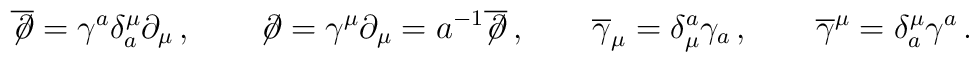
\overline {\not\!  \partial}=\gamma ^a \delta _a^\mu\partial _\mu\,,\qquad \not\!  \partial=\gamma^\mu \partial _\mu =a^{-1}\overline {\not\!  \partial}\,,\qquad \overline{\gamma }_\mu =\delta_\mu ^a\gamma_a \,,\qquad \overline{\gamma }^\mu =\delta ^\mu_a\gamma^a\,.